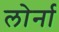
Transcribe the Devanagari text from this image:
लोर्ना